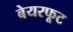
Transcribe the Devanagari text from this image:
बेयरफूट